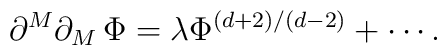
\partial ^{M}\partial _{M}\,\Phi =\lambda \Phi ^{\left( d+2\right) /\left(d-2\right) }+\cdots .